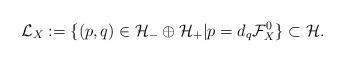
LaTeX: \begin{align*}\mathcal{L}_{X}:=\{(p,q)\in \mathcal{H}_{-}\oplus\mathcal{H}_{+}|p=d_{q}\mathcal{F}^{0}_{X}\}\subset\mathcal{H}.\end{align*}